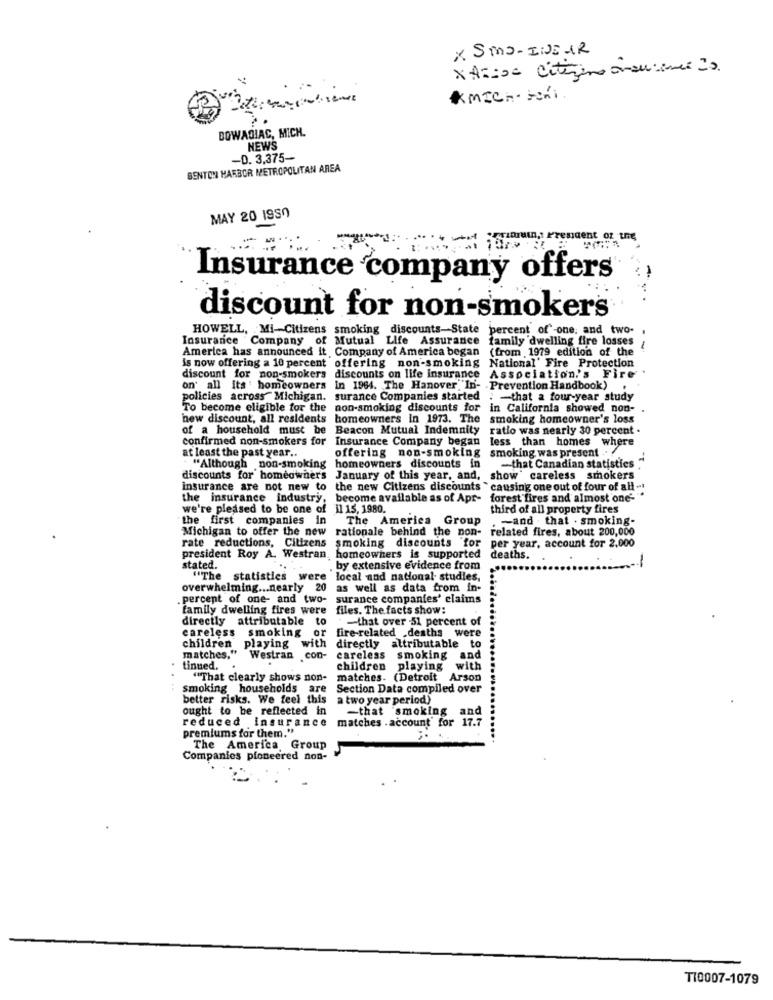
x Sma- INEAR
XA ==== Citerino onancinco 20
AMICh- Fini.
DOWAGIAC, MICH.
NEWS
-D. 3.375-
BENTON HARBOR METROPOLITAN AREA
MAY 20 1950
Insurance company offers
discount for non-smokers
HOWELL, Mi -- Citizens smoking discounts-State
percent of one, and two-
Insurance Company of Mutual Life Assurance
America has announced it Company of America began (from 1979 edition of the
family 'dwelling fire losses &
is now offering a 10 percent offering non-smoking National' Fire Protection
discount for non-smokers discounts on life insurance
Association's Fire
on' all its ' homeowners
In 1964. The Hanover"In- Prevention Handbook) .
policies across Michigan. surance Companies started
-that a four-year study
To become eligible for the non-smoking discounts for
in California showed non-
hew discount, all residents homeowners In 1973. The
smoking homeowner's loss
of a household must be
Beacon Mutual Indemnity
ratio was nearly 30 percent .
confirmed non-smokers for Insurance Company began less than homes where
at least the past year ..
offering non-smoking smoking was present
. "Although non-smoking homeowners discounts in
-that Canadian statistics ."
discounts for homeowners January of this year, and, show careless smokers
insurance are not new to the new Citizens discounts " causing one out of four of all -
the insurance industry, become available as of Apr- forest fires and almost one'"
we're pleased to be one of il 15, 1980.
third of all property fires
the first companies in
The America Group
.- and . that . smoking-
Michigan to offer the new rationale behind the non-
related fires, about 200,000
rate reductions, Citizens smoking discounts for
per year, account for 2,000
president Roy A. Westran, homeowners is supported
deaths.
stated.
by extensive evidence from
"The statistics were local and national studies,
overwhelming ... nearly 20
as well as data from in.
.percent of one- and two-
surance companies' claims
family dwelling fires were files. The facts show:
directly attributable to
-that over 51 percent of
careless smoking or fire-related deaths were
children playing with directly attributable to
matches," Westran con- careless smoking and
. tinued.
children playing with
"That clearly shows non- matches. (Detroit Arson
smoking households are Section Data compiled over
better risks. We feel this
a two year period)
ought to be reflected in
-that smoking
and
reduced insurance matches .account for 17.7
premiums for them."
...
The America, Group
Companies pioneered non-
TI0007-1079